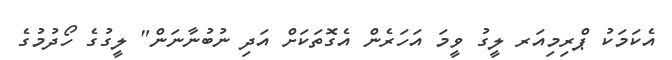
އެކަމަކު ޕްރިމިއަރ ލީގު ވީމަ އަހަރެން އެގޮތަކަށް އަދި ނުބުނާނަން" ލީގުގެ ހޯދުމުގެ